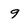
Character: g